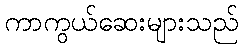
ကာကွယ်ဆေးများသည်